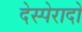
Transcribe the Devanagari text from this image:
देस्पेरादो